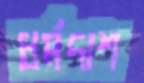
ধর্মদাশ